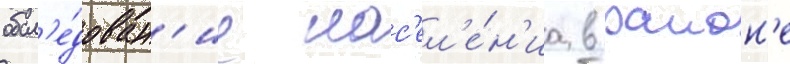
обсл'е́дован'ие нас'ел'е́н'иа в раион'е